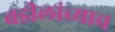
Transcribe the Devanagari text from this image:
वडीलांच्याच